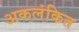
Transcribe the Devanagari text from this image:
अकलंकित